Vaccine operations Central Provinces 1900-1911 - 1900-1911
Year: 1900
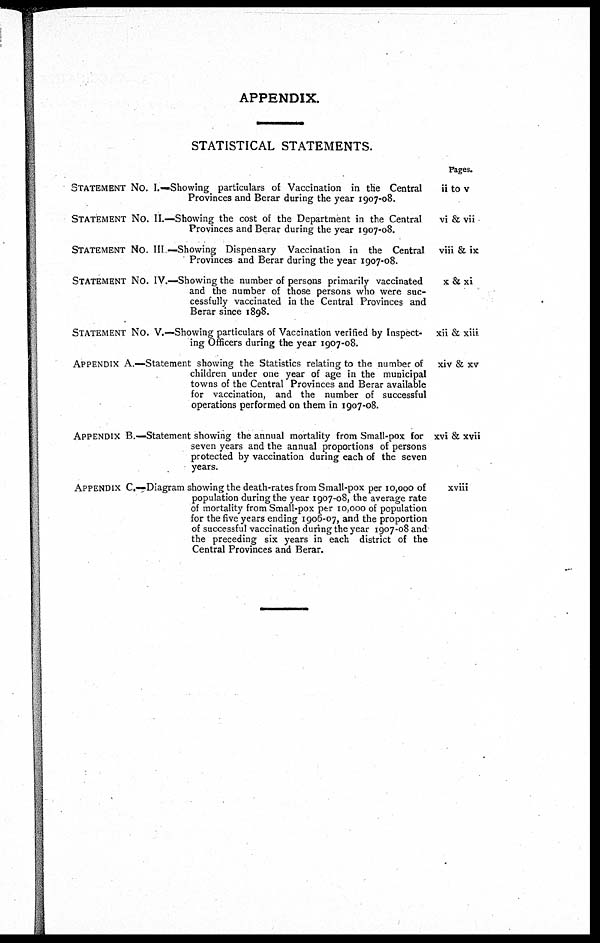
APPENDIX.
STATISTICAL STATEMENTS.
STATEMENT No. I.—Showing particulars of Vaccination in the Central
Provinces and Berar during the year 1907-08.
STATEMENT No. II.—Showing the cost of the Department in the Central
Provinces and Berar during the year 1907-08.
STATEMENT No. III —Showing Dispensary Vaccination in the Central
Provinces and Berar during the year 1907-08.
STATEMENT No. IV.—Showing the number of persons primarily vaccinated
and the number of those persons who were suc-
cessfully vaccinated in the Central Provinces and
Berar since 1898.
STATEMENT No. V.—Showing particulars of Vaccination verified by Inspect-
ing Officers during the year 1907-08.
APPENDIX A.—Statement showing the Statistics relating to the number of
children under one year of age in the municipal
towns of the Central Provinces and Berar available
for vaccination, and the number of successful
operations performed on them in 1907-08.
APPENDIX B.—Statement showing the annual mortality from Small-pox for
seven years and the annual proportions of persons
protected by vaccination during each of the seven
years.
APPENDIX C—Diagram showing the death-rates from Small-pox per 10,000 of
population during the year 1907-08, the average rate
of mortality from Small-pox per 10,000 of population
for the five years ending 1906-07, and the proportion
of successful vaccination during the year 1907-08 and
the preceding six years in each district of the
Central Provinces and Berar.
Pages.
ii to v
vi & vii
viii & ix
x & xi
xii & xiii
xiv & xv
xvi & xvii
xviii